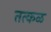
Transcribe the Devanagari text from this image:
तत्कळ